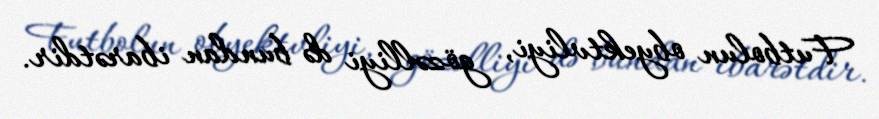
Futbolun obyektvliyi, gözəlliyi də bundan ibarətdir.